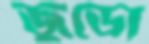
জুডো